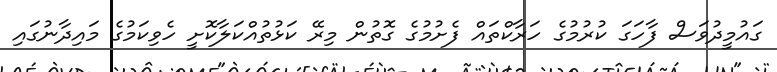
ގައުމީދުވަސް ފާހަގަ ކުރުމުގެ ހަރާކްތައް ފެށުމުގެ ގޮތުން މިރޭ ކަޅުތުއްކަލާކޮށީ ހެވިކަމުގެ މައިދާނުގައި